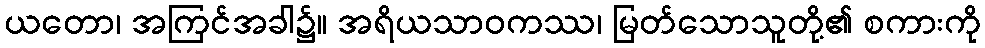
ယတော၊ အကြင်အခါ၌။ အရိယသာဝကဿ၊ မြတ်သောသူတို့၏ စကားကို